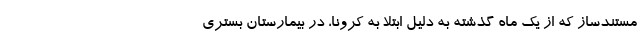
مستندساز که از یک ماه گذشته به دلیل ابتلا به کرونا، در بیمارستان بستری